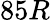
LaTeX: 85R